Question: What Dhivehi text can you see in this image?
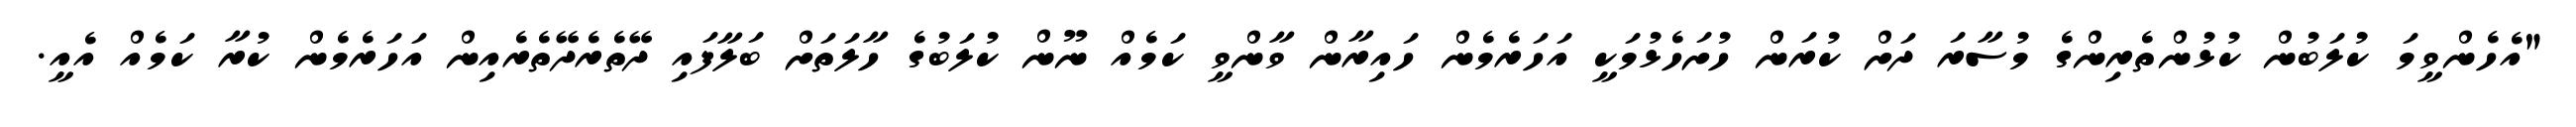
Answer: "އެހެންވީމަ ކުލަބުން ކުޅުންތެރިންގެ މުސާރަ ދަށް ކުރަން ހުށަހެޅުމަކީ އަހަރެމެން ހައިރާން ވާންވީ ކަމެއް ނޫން ކުލަބުގެ ހާލަތަށް ބަލާފައި ދޭތެރެދޭތެރެއިން އަހަރެމެން ކުރާ ކަމެއް އެއީ.